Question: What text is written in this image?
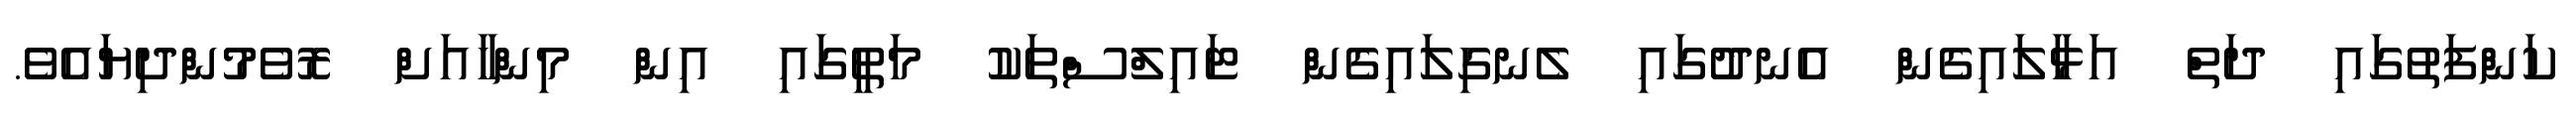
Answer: ކަންފަތުގައި ދަތް އަޅާލައިގެން އެނދުގައި ލެނގިލައިގެން ޓައިލްސްތަކު މަތީގައި އިން މިންހާއަށް ރޮވެމުންދިޔައެވެ.